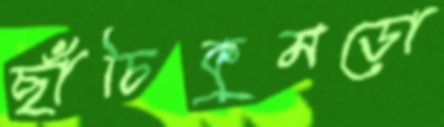
ছাঁচিকুমড়ো